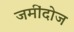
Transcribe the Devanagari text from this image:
जमींदोज